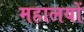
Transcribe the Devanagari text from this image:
महालयों